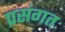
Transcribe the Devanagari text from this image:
प्रसंगतः